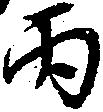
丙